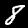
Digit: 8